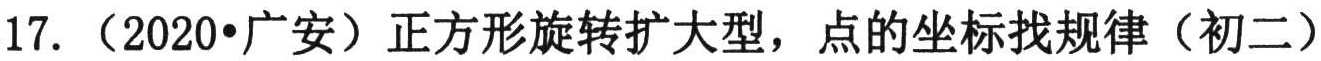
17. （2020•广安）正方形旋转扩大型，点的坐标找规律（初二）